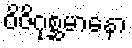
ဝိဇိဂုစ္ဆမာနော